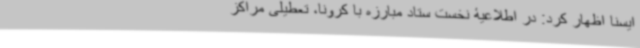
ایسنا اظهار کرد: در اطلاعیۀ نخست ستاد مبارزه با کرونا، تعطیلی مراکز